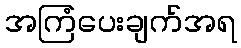
အကြံပေးချက်အရ